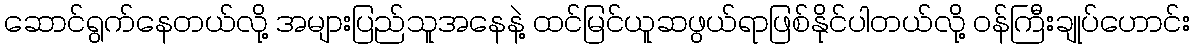
ဆောင်ရွက်နေတယ်လို့ အများပြည်သူအနေနဲ့ ထင်မြင်ယူဆဖွယ်ရာဖြစ်နိုင်ပါတယ်လို့ ဝန်ကြီးချုပ်ဟောင်း